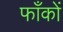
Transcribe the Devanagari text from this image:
फाँकों